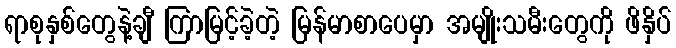
ရာစုနှစ်တွေနဲ့ချီ ကြာမြင့်ခဲ့တဲ့ မြန်မာစာပေမှာ အမျိုးသမီးတွေကို ဖိနှိပ်